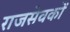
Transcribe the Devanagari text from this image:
राजसेवकों